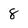
Character: 8